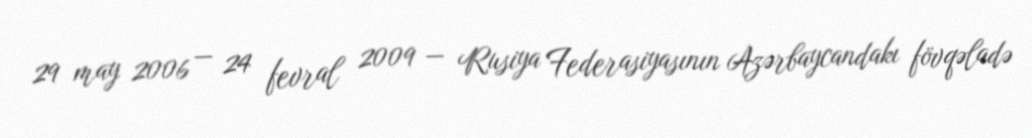
29 may 2006 — 24 fevral 2009 — Rusiya Federasiyasının Azərbaycandakı fövqəladə